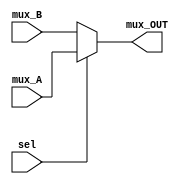
module MUX
#(parameter  width = 32)
(
    input    wire   [width-1:0]mux_A,mux_B,
    input    wire   sel,
    output   wire   [width-1:0]mux_OUT
);
 
assign mux_OUT = (sel)? mux_A:mux_B;

endmodule